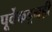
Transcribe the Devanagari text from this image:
पूर्वेकडूनही